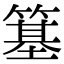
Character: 簊